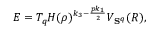
E = T _ { q } H ( \rho ) ^ { k _ { 3 } - \frac { p k _ { 1 } } { 2 } } V _ { { \bf S } ^ { q } } ( R ) ,